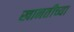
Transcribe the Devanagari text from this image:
खानतीच्या